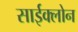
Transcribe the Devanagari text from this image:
साईक्लोन